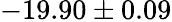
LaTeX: -19.90\pm 0.09